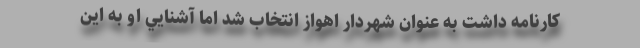
كارنامه داشت به عنوان شهردار اهواز انتخاب شد اما آشنايي او به اين